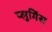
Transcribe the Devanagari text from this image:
प्लुगिंस